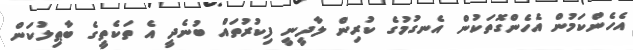
އެހެންކަމުން އެހެންގޮތަކުން އެނގުމުގެ ކުރިން ލާދީނީ ފިކުރުތައް ބުނެދީ އެ ތަކެތީގެ ބާޠިލުކަން